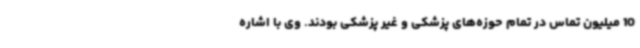
10 میلیون تماس در تمام حوزه‌های پزشکی و غیر پزشکی بودند. وی با اشاره